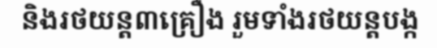
និងរថយន្ត៣គ្រឿង រួមទាំងរថយន្តបង្ក